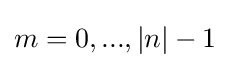
m=0,...,|n|-1